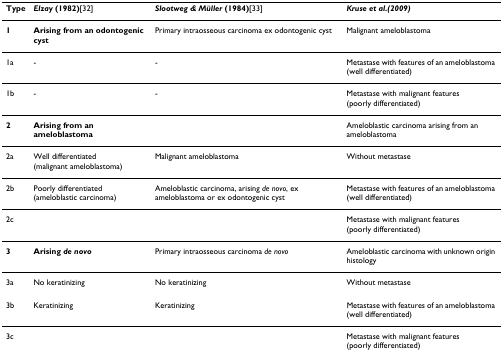
| Type | Elzay (1982)[32] | Slootweg & Müller (1984)[33] | Kruse et al.(2009) |
 | --- | --- | --- | --- |
 | 1 | Arising from an odontogenic cyst | Primary intraosseous carcinoma ex odontogenic cyst | Malignant ameloblastoma |
 | 1a | - | - | Metastase with features of an ameloblastoma (well differentiated) |
 | 1b | - | - | Metastase with malignant features (poorly differentiated) |
 | 2 | Arising from an ameloblastoma |  | Ameloblastic carcinoma arising from an ameloblastoma |
 | 2a | Well differentiated (malignant ameloblastoma) | Malignant ameloblastoma | Without metastase |
 | 2b | Poorly differentiated (ameloblastic carcinoma) | Ameloblastic carcinoma, arising de novo, ex ameloblastoma or ex odontogenic cyst | Metastase with features of an ameloblastoma (well differentiated) |
 | 2c |  |  | Metastase with malignant features (poorly differentiated) |
 | 3 | Arising de novo | Primary intraosseous carcinoma de novo | Ameloblastic carcinoma with unknown origin histology |
 | 3a | No keratinizing | No keratinizing | Without metastase |
 | 3b | Keratinizing | Keratinizing | Metastase with features of an ameloblastoma (well differentiated) |
 | 3c |  |  | Metastase with malignant features (poorly differentiated) |